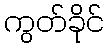
ကွတ်ခိုင်